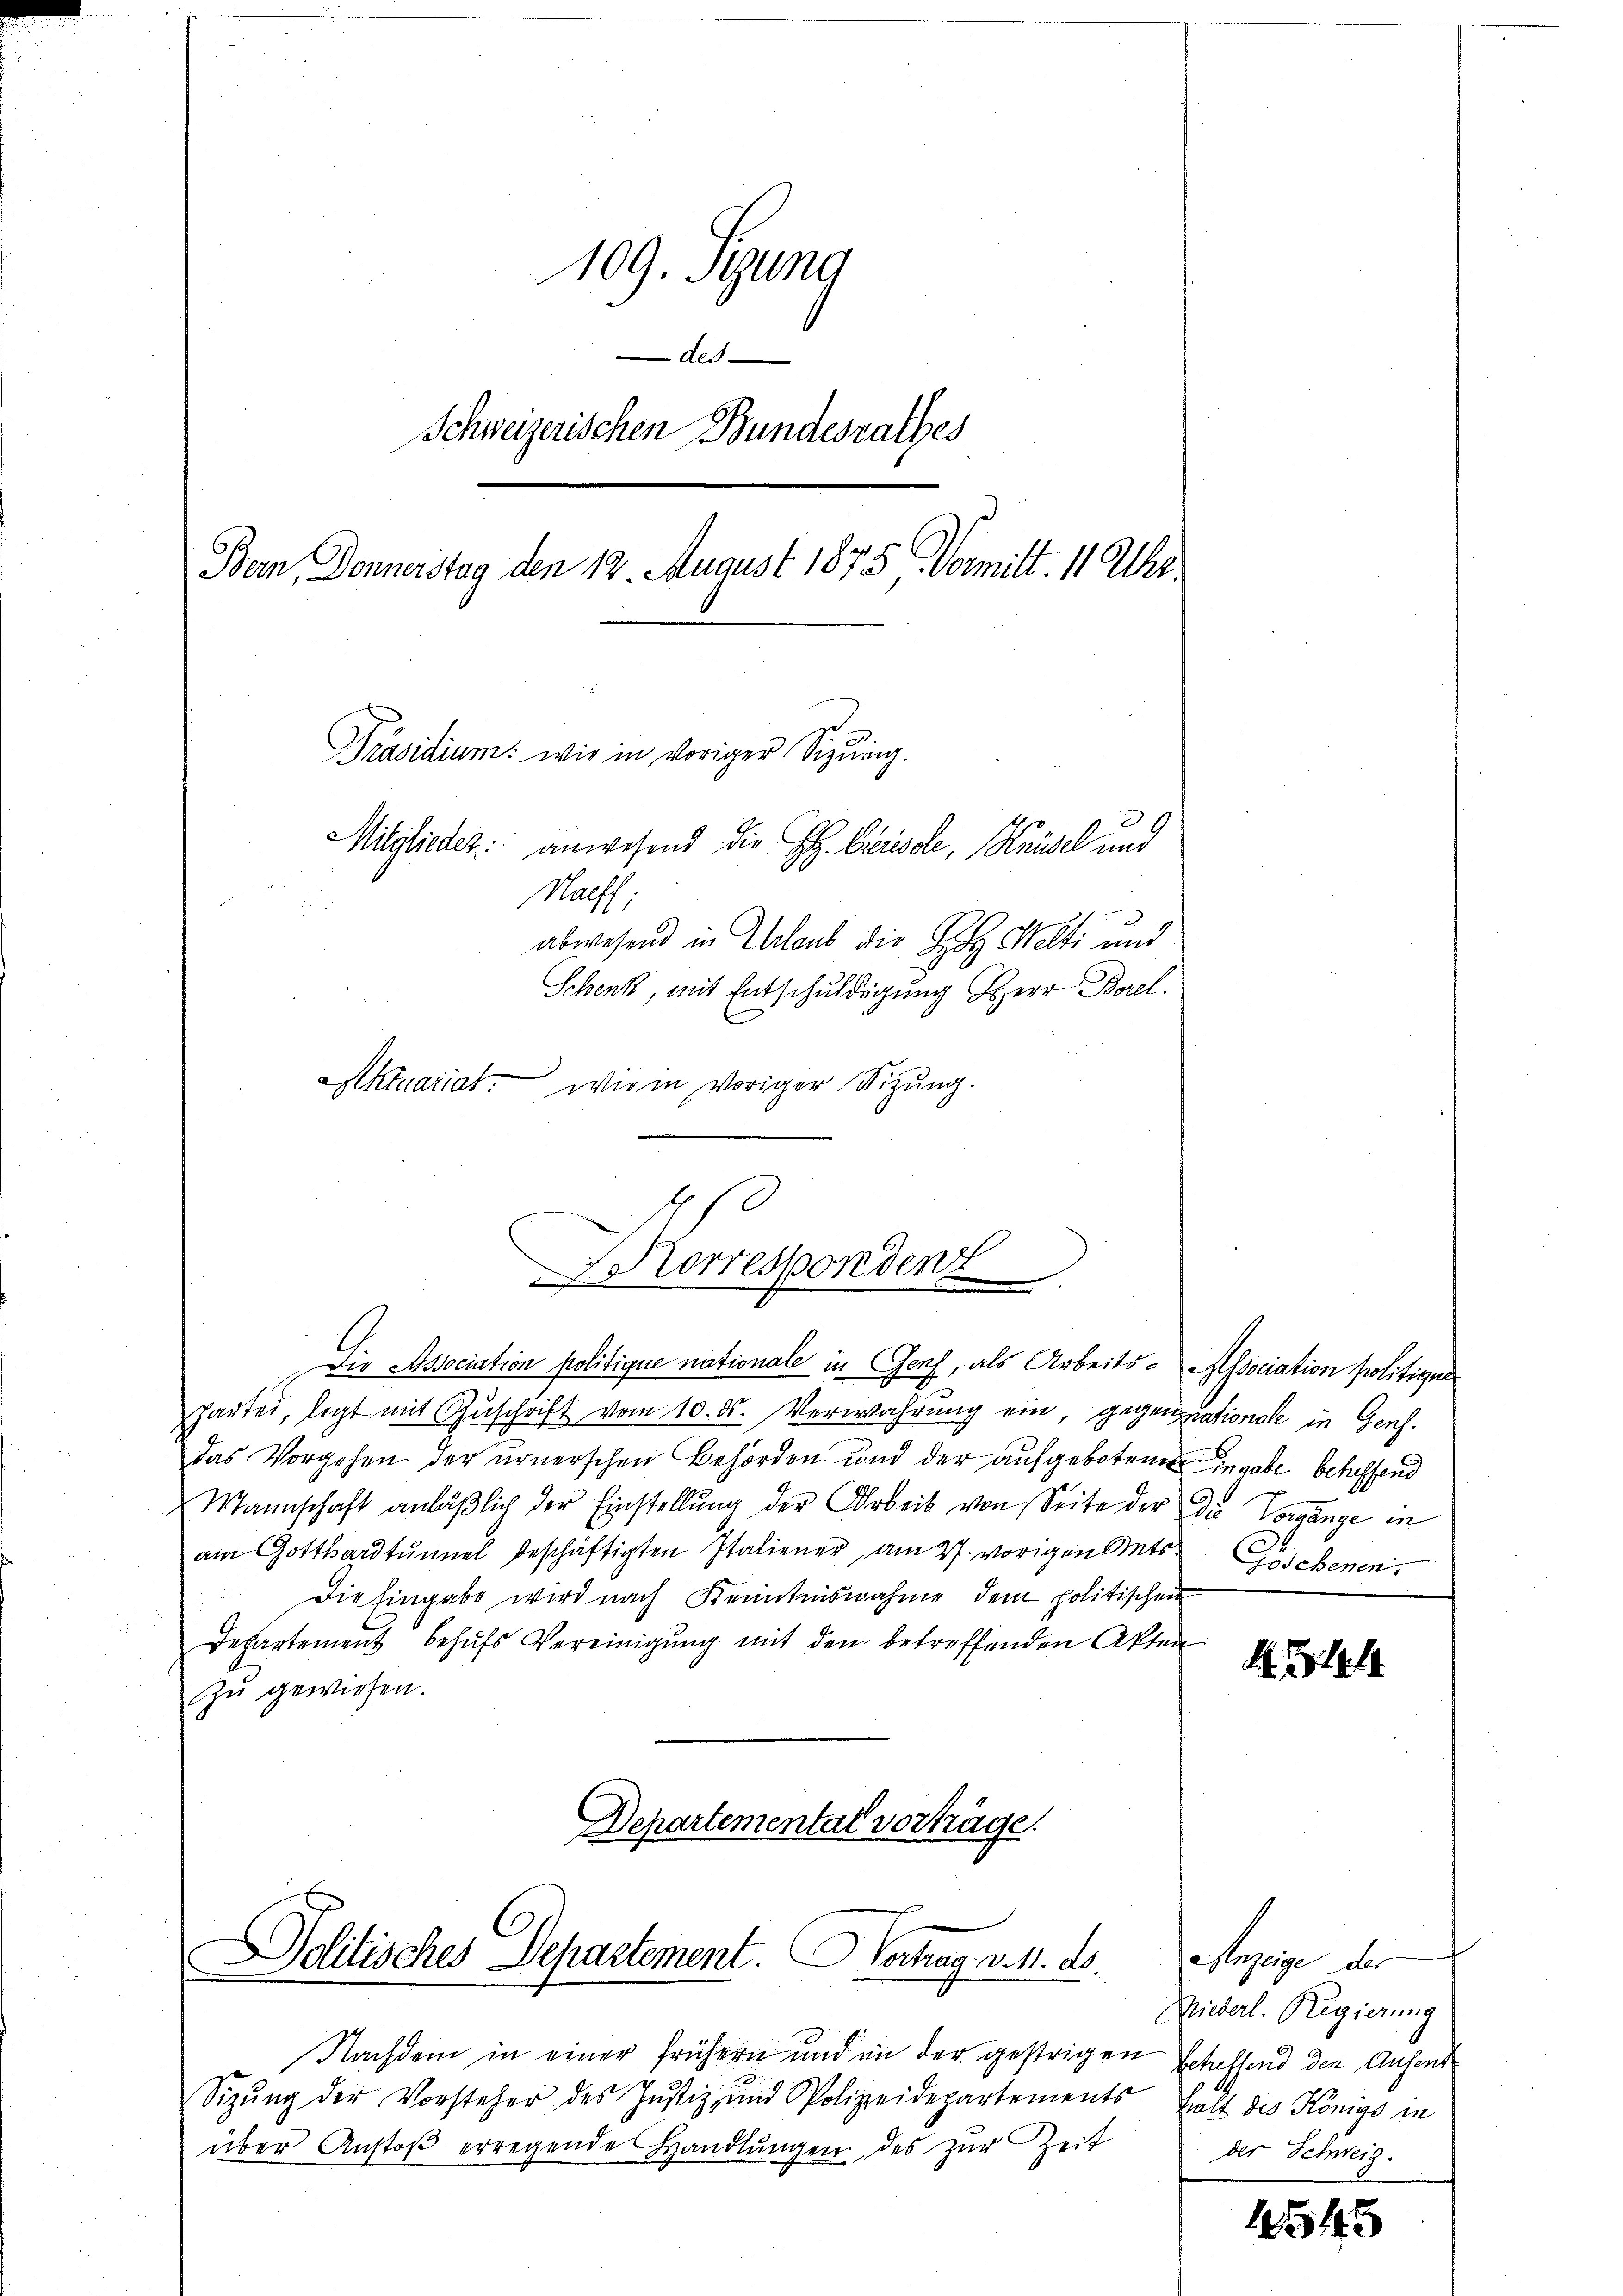
109. Segung
Als
Schweizerischen Bundesrathes
Bern, Donnerstag den 12. August 1875 Vormitt. 11 Uhr
Präsidium: wie in voriger Sizung.
Mitglieder: anwesend die H. Greisole, Knüsel und
Palff.
abwesend in Urlaub die Sitz Welti und
Schenk, mit Entschuldigung Herr Borel.

wie in voriger Sitzung.

partei, legt mit Zŭschrift vom 10. ds. Verwahrung ein, gegenzuationale in Gensdas Vorgehen der urnerschen Behörden und der aufgebotenen ingabe betreffend
Mannschaft anläßlich der Einstellung der Arbeit von Seite der Die Vorange in
am Gotthardtunnel beschäftigten Italiener, am 27. vorigen Mits
Die Eingabe wird nach Kenntnisnahme dem politischen
Departement behufs Vereinigung mit den betreffenden Akten
zŭ gewiesen.
Departemental vorträge.

Aktuariat.
D
HHorrespondenz
Die Association politique nationale in Genf, als Arbeits- Association politigen

Dolitisches Departement. Hertag v. M. ds.

Nachdem in einer frühern und in der gestrigen Scheffend den Aufent¬
Sizŭng der Vorsteher des Jŭstiz- und Polizeidepartements
über Anstoβ erregende Handlŭngen des zŭr Zeit

Goschenen

M.

Anzeige der
Niederl. Regierung
holt des Königs in
der Schweiz.

1545